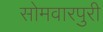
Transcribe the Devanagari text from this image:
सोमवारपुरी